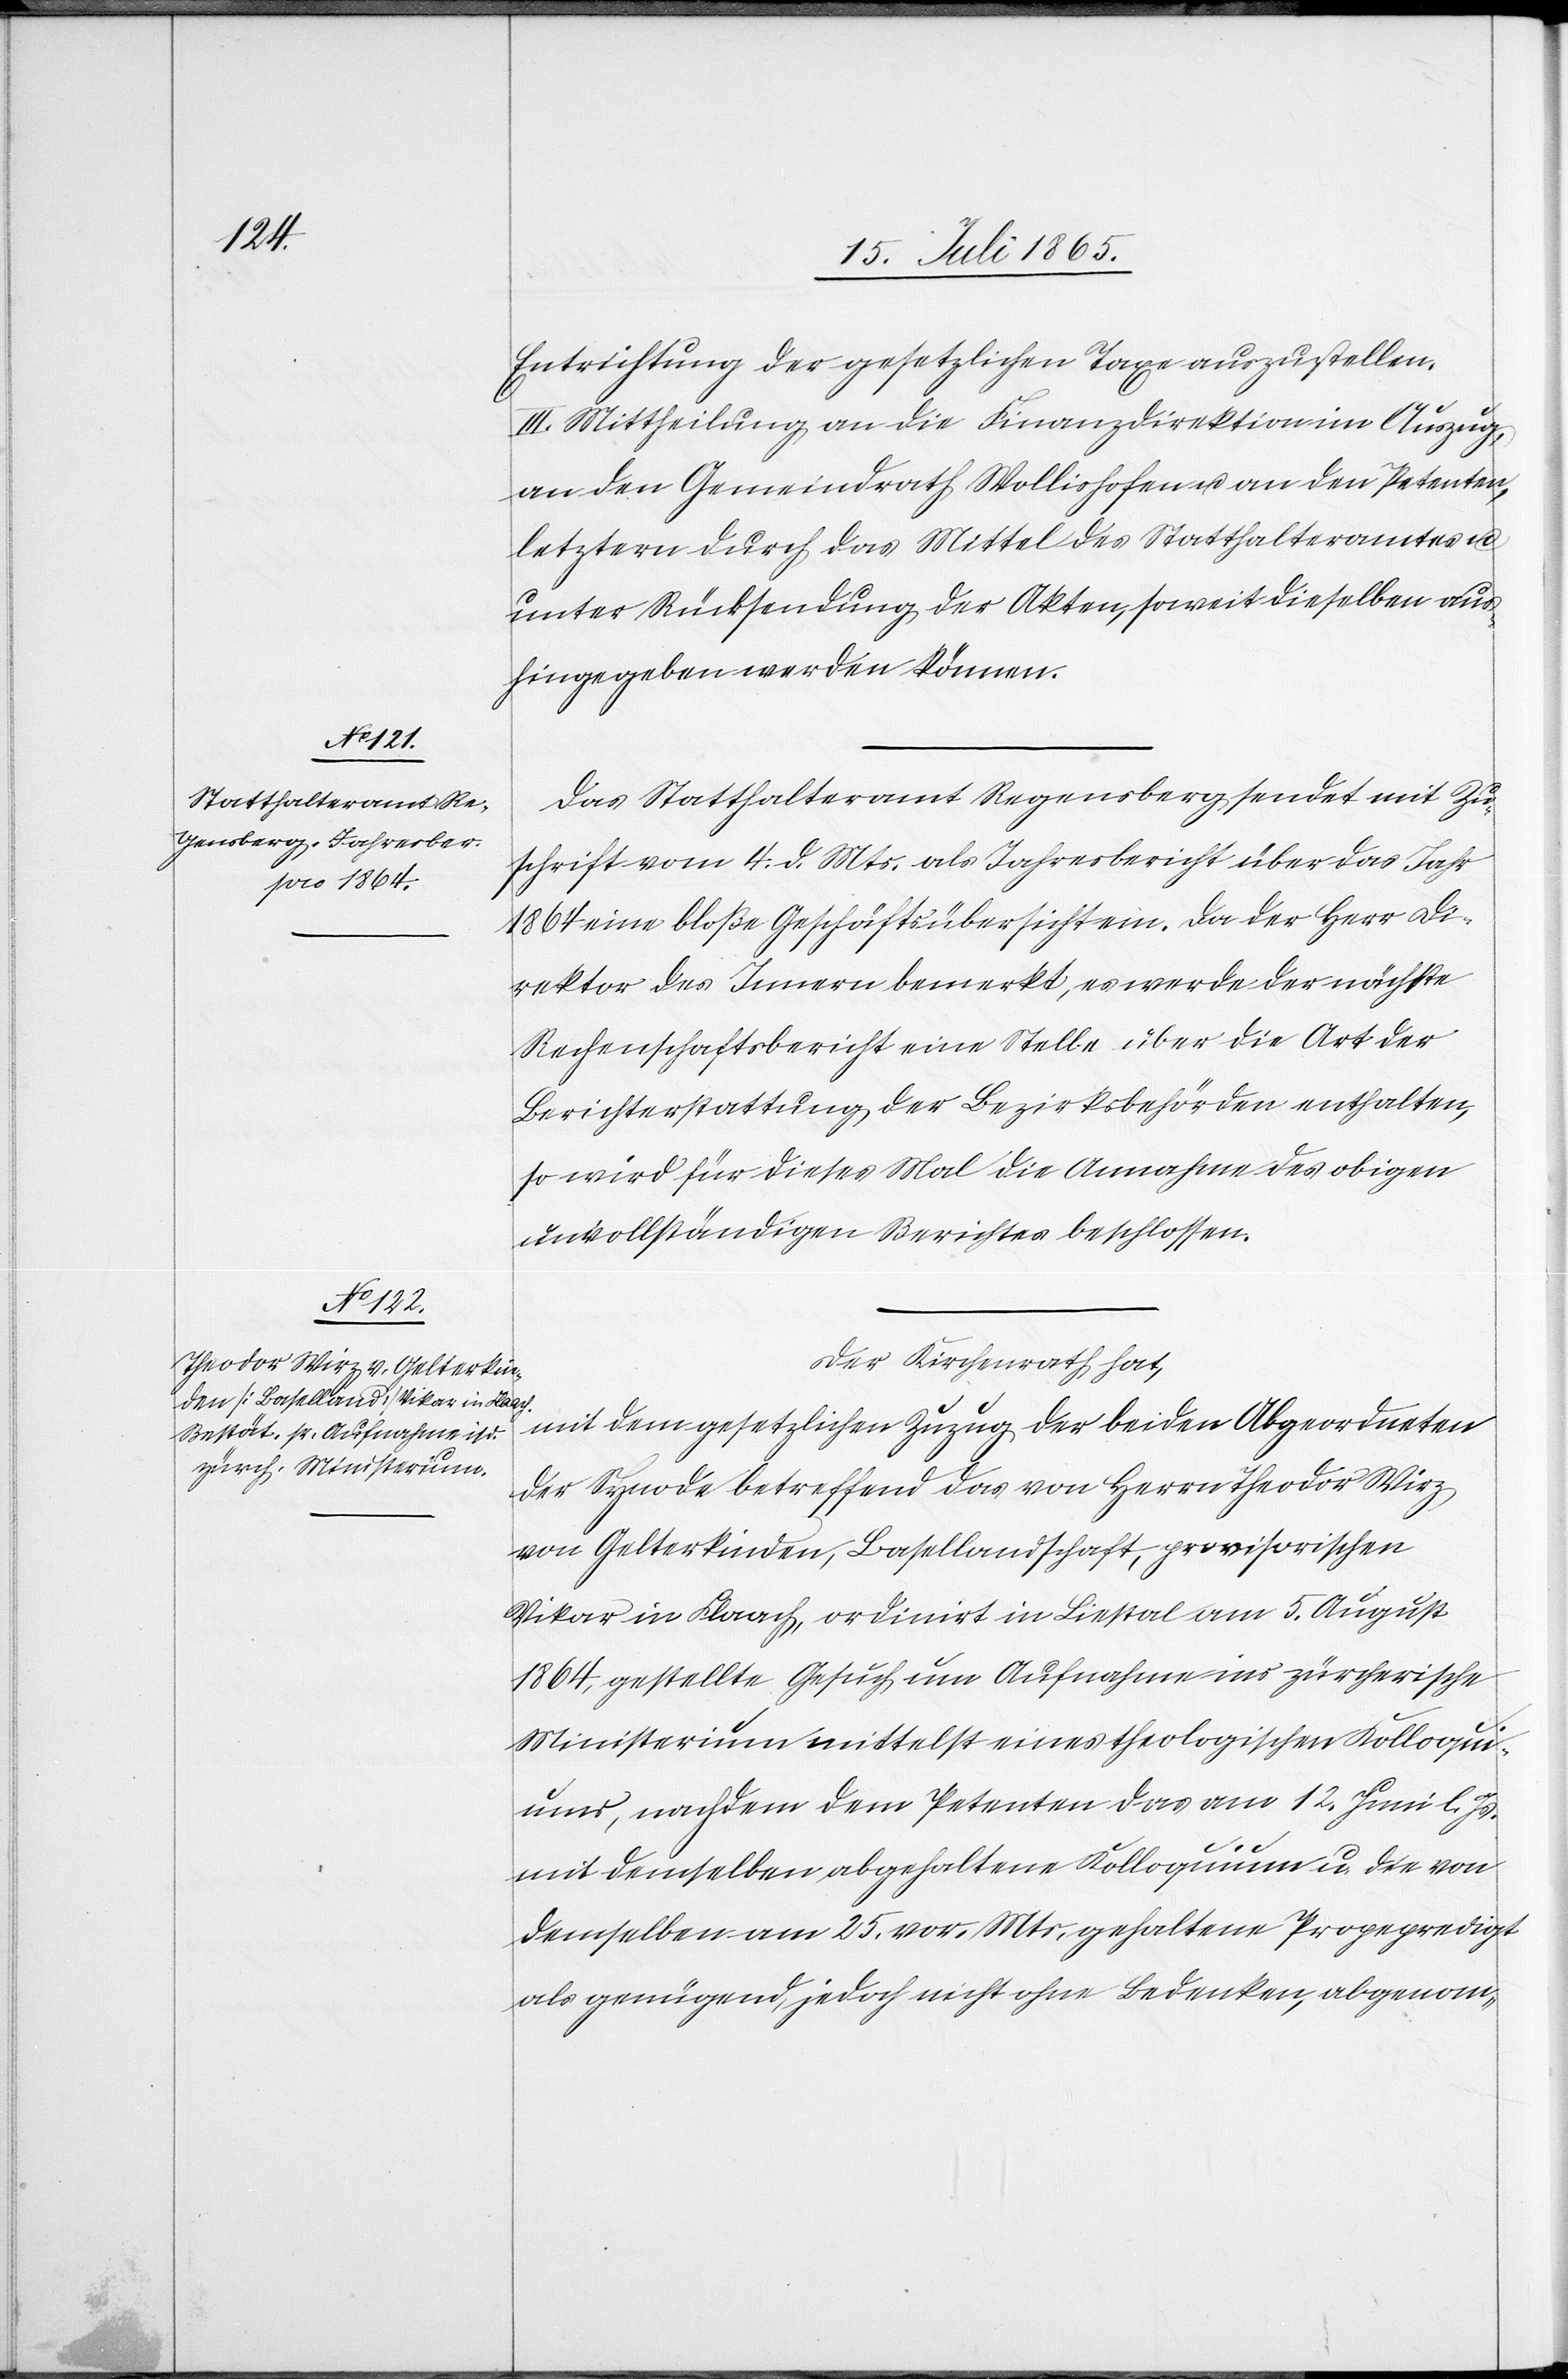
Entrichtung der gesetzlichen Taxe auszustellen.
III. Mittheilung an die Finanzdirektion im Auszug,
an den Gemeindrath Wollishofen u. an den Petenten,
letztern durch das Mittel des Statthalteramtes u.
unter Rücksendung der Akten, soweit dieselben aus¬
hingegeben werden können.
Das Statthalteramt Regensberg sendet mit Zu¬
schrift vom 4. d. Mts. als Jahresbericht über das Jahr
1864 eine bloße Geschäftsübersicht ein. Da der Herr Di¬
rektor des Innern bemerkt, es werde der nächste
Rechenschaftsbericht eine Stelle über die Art der
Berichterstattung der Bezirksbehörden enthalten,
so wird für dieses Mal die Annahme des obigen
unvollständigen Berichtes beschlossen.
Der Kirchenrath hat,
mit dem gesetzlichen Zuzug der beiden Abgeordneten
der Synode betreffend das von Herrn Theodor Wirz
von Gelterkinden, Basellandschaft, provisorischen
Vikar in Flaach, ordinirt in Liestal am 5. August
1864, gestellte Gesuch um Aufnahme ins zürcherische
Ministerium mittelst eines theologischen Kolloqui¬
ums, nachdem dem Petenten das am 12. Juni l. Js.
mit demselben abgehaltene Kolloquium u. die von
demselben am 25. vor. Mts. gehaltene Propepredigt
als genügend, jedoch nicht ohne Bedenken, abgenom-